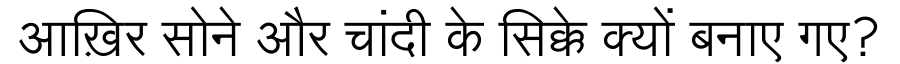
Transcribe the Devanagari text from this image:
आख़िर सोने और चांदी के सिक्के क्यों बनाए गए?